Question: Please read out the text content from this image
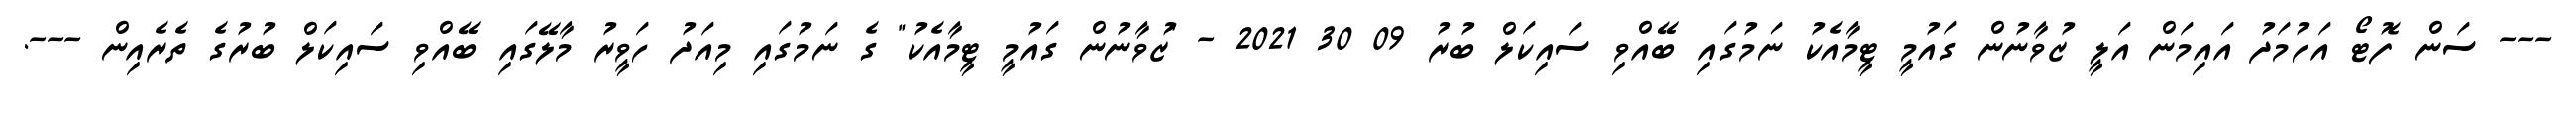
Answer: --- ސަން ފޮޓޯ އަހުމަދު އައިމަން އަލީ ޒުވާނުން ގައުމީ ޓީމާއެކު ނަމުގައި ބޭއްވި ސައިކަލް ބުރު 09 30 2021 - "ޒުވާނުން ގައުމީ ޓީމާއެކު" ގެ ނަމުގައި މިއަދު ހަވީރު މާލޭގައި ބޭއްވި ސައިކަލް ބުރުގެ ތެރެއިން ---.